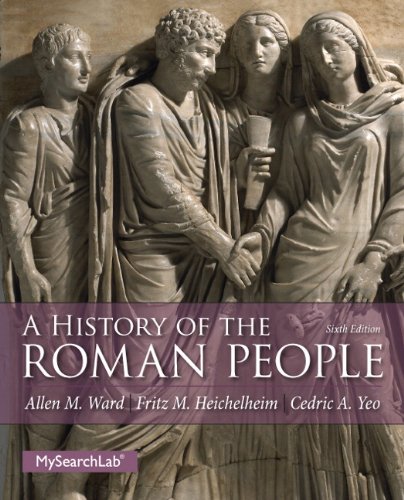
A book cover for A History of the Roman People (6th Edition); Allen M. Ward; History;